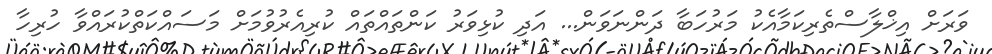
ވަރަށް އިޚްލާސްތެރިކަމާއެކު މަރުހަބާ ދަންނަވަން... އަދި ކުޅިވަރު ކަންތައްތައް ކުރިއެރުވުމަށް މަސައްކަތްކުރައްވާ ހުރިހާ